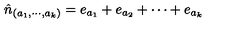
\hat { n } _ { ( a _ { 1 } , \cdots , a _ { k } ) } = e _ { a _ { 1 } } + e _ { a _ { 2 } } + \cdots + e _ { a _ { k } }